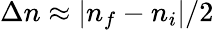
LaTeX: \Delta n\approx|n_{f}-n_{i}|/2